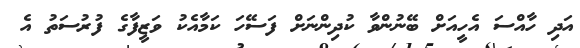
އަދި ހާއްސަ އެހީއަށް ބޭނުންވާ ކުދިންނަށް ފަސޭހަ ކަމާއެކު ވަޒީފާގެ ފުރުސަތު އެ